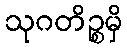
သုဂတိဉ္စမှိ